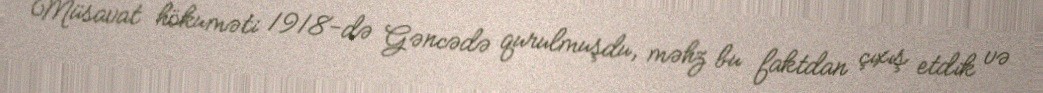
Müsavat hökuməti 1918-də Gəncədə qurulmuşdu, məhz bu faktdan çıxış etdik və